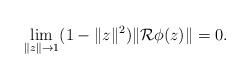
LaTeX: \begin{align*} \lim_{\|z\|\to 1} (1-\|z\|^2)\|\mathcal{R}\phi(z)\|=0.\end{align*}